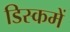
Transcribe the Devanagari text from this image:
डिस्कमें